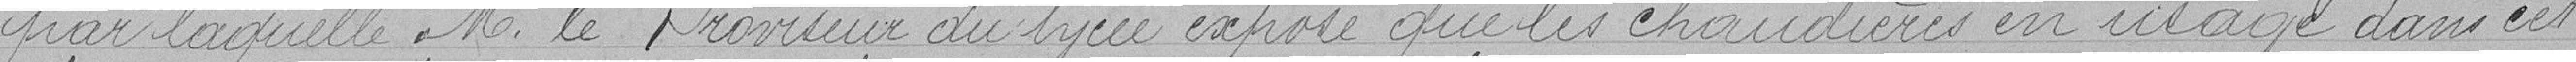
par laquelle M. le Proviseur du lycée expose que les chaudières en usage dans cet